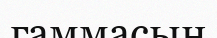
гаммасын